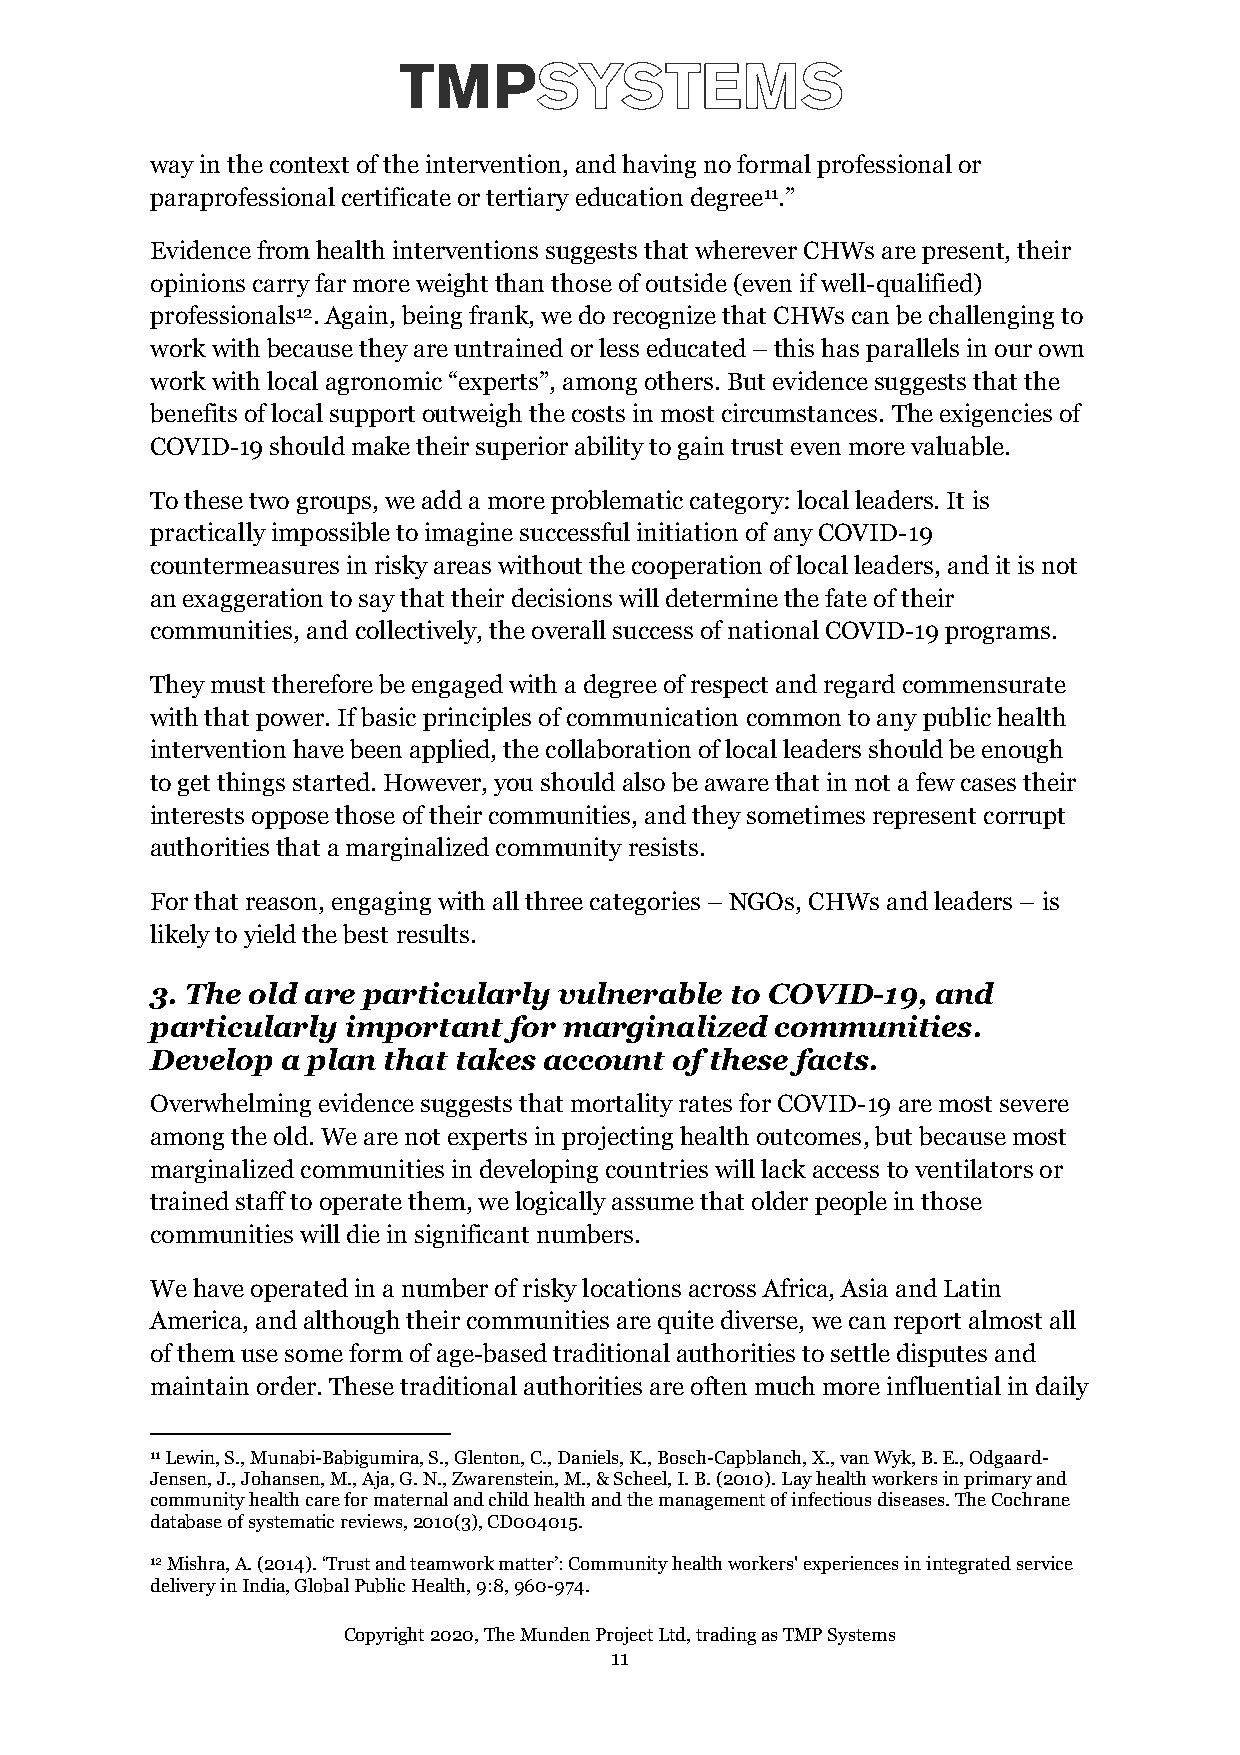
way in the context of the intervention, and having no formal professional or
 paraprofessional certificate or tertiary education degree11.”
 Evidence from health interventions suggests that wherever CHWs are present, their
 opinions carry far more weight than those of outside (even if well-qualified)
 professionals12. Again, being frank, we do recognize that CHWs can be challenging to
 work with because they are untrained or less educated – this has parallels in our own
 work with local agronomic “experts”, among others. But evidence suggests that the
 benefits of local support outweigh the costs in most circumstances. The exigencies of
 COVID-19 should make their superior ability to gain trust even more valuable.
 To these two groups, we add a more problematic category: local leaders. It is
 practically impossible to imagine successful initiation of any COVID-19
 countermeasures in risky areas without the cooperation of local leaders, and it is not
 an exaggeration to say that their decisions will determine the fate of their
 communities, and collectively, the overall success of national COVID-19 programs.
 They must therefore be engaged with a degree of respect and regard commensurate
 with that power. If basic principles of communication common to any public health
 intervention have been applied, the collaboration of local leaders should be enough
 to get things started. However, you should also be aware that in not a few cases their
 interests oppose those of their communities, and they sometimes represent corrupt
 authorities that a marginalized community resists.
 For that reason, engaging with all three categories – NGOs, CHWs and leaders – is
 likely to yield the best results.
 3. The old are particularly vulnerable to COVID-19, and
 particularly important  for marginalized communities.
 Develop  a plan that takes account of these facts.
 Overwhelming evidence suggests that mortality rates for COVID-19 are most severe
 among the old. We are not experts in projecting health outcomes, but because most
 marginalized communities in developing countries will lack access to ventilators or
 trained staff to operate them, we logically assume that older people in those
 communities will die in significant numbers.
 We have operated in a number of risky locations across Africa, Asia and Latin
 America, and although their communities are quite diverse, we can report almost all
 of them use some form of age-based traditional authorities to settle disputes and
 maintain order. These traditional authorities are often much more influential in daily
 11 Lewin, S., Munabi-Babigumira, S., Glenton, C., Daniels, K., Bosch-Capblanch, X., van Wyk, B. E., Odgaard-
 Jensen, J., Johansen, M., Aja, G. N., Zwarenstein, M., & Scheel, I. B. (2010). Lay health workers in primary and
 community health care for maternal and child health and the management of infectious diseases. The Cochrane
 database of systematic reviews, 2010(3), CD004015.
 12 Mishra, A. (2014). ‘Trust and teamwork matter’: Community health workers' experiences in integrated service
 delivery in India, Global Public Health, 9:8, 960-974.
 Copyright 2020, The Munden Pro ject Ltd, trading as TMP Systems
 11